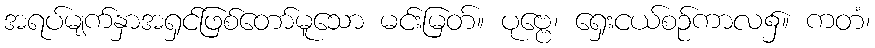
အရပ်မျက်နှာအရှင်ဖြစ်တော်မူသော မင်းမြတ်။ ပုဗ္ဗေ၊ ရှေးငယ်စဉ်ကာလ၌။ ကတံ၊